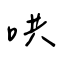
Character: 哄